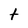
Character: t